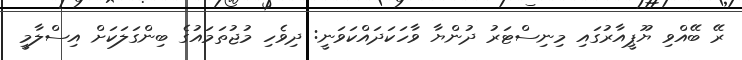
ރޭ ބޭއްވި ޔޫޕީއާރުގައި މިނިސްޓަރު ދުންޔާ ވާހަކަދައްކަވަނީ: ދިވެހި މުޖުތަމައުގެ ބިންގަލަކަށް އިސްލާމީ